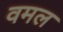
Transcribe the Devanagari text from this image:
वमल